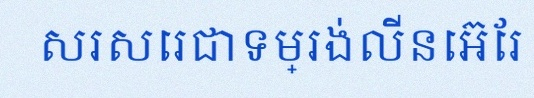
សរសេរជាទម្រង់លីនេអ៊ែរ